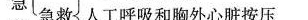
急急救人工呼吸和胸外心脏按压